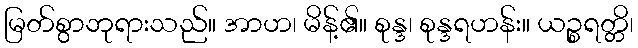
မြတ်စွာဘုရားသည်။ အာဟ၊ မိန့်၏။ စုန္ဒ၊ စုန္ဒရဟန်း။ ယဉ္စရတ္တိ၊